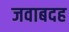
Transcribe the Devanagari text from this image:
जवाबदह